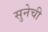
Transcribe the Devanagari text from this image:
सुनेची